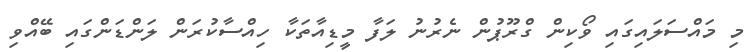
މި މައްސަލައިގައި ވޯކިން ގްރޫޕުން ނެރުނު ލަފާ މީޑިއާތަކާ ހިއްސާކުރަން ލަންޑަންގައި ބޭއްވި